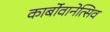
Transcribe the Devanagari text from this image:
कार्बोवानेत्सिव